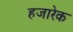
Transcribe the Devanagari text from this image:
हजारेक